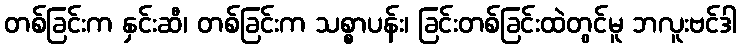
တစ်ခြင်းက နှင်းဆီ၊ တစ်ခြင်းက သစ္စာပန်း၊ ခြင်းတစ်ခြင်းထဲတွင်မူ ဘလူးဗင်ဒါ